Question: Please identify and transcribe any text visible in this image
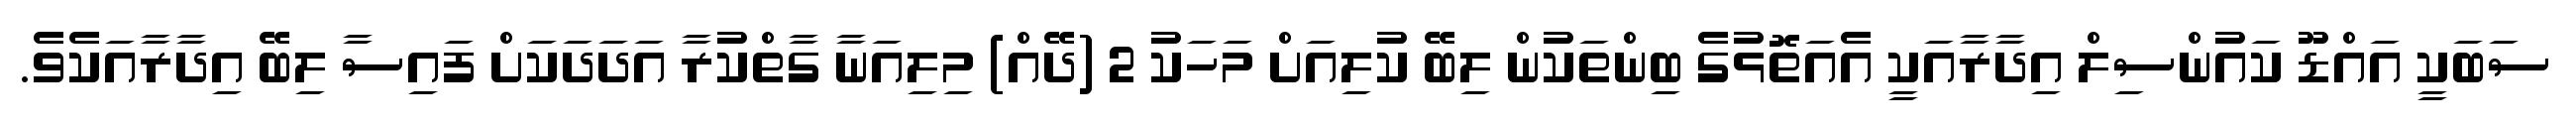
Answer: ސަބަކީ އައްޑޫ ކައުންސިލް އިދާރާއަކީ އެއަތޮޅުގެ ބިންތަކުން ލިބޭ ކުލިއަށް މަހަކު 2 (ދޭއް) މިލިއަނާ ގާތްކުރާ އަދަދަކަށް ފައިސާ ލިބޭ އިދާރާއަކެވެ.